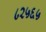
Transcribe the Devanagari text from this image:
८२५६५